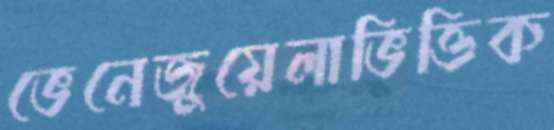
ভেনেজুয়েলাভিত্তিক